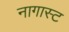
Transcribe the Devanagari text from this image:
नागास्ट